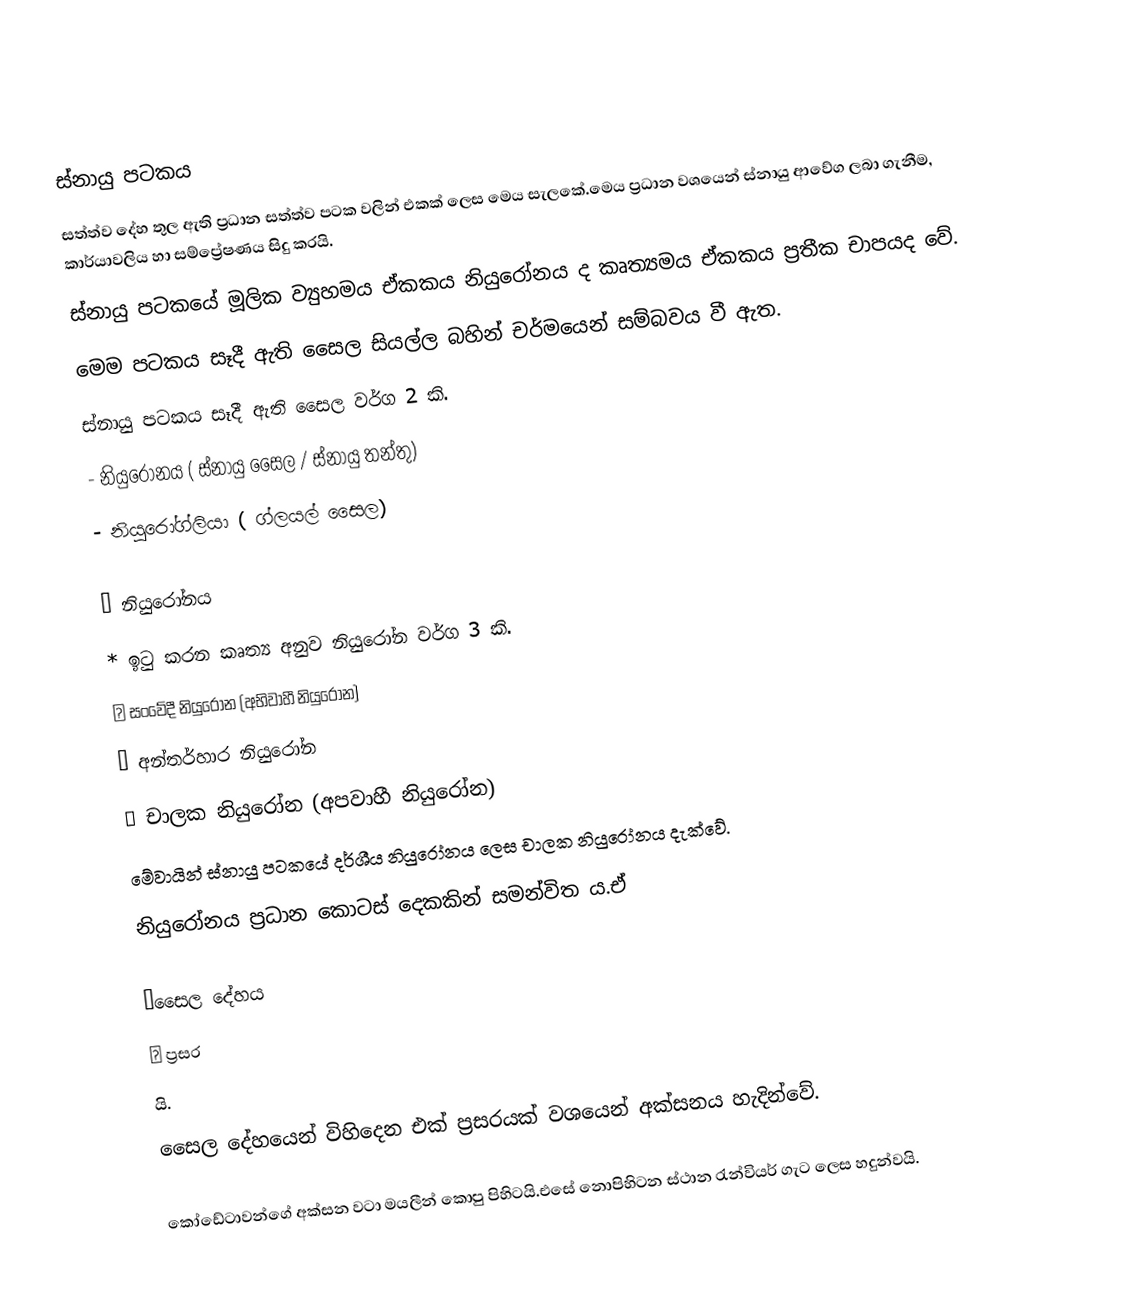
ස්නායු පටකය
සත්ත්ව දේහ තුල ඇති ප්‍රධාන සත්ත්ව පටක වලින් එකක් ලෙස මෙය සැලකේ.මෙය ප්‍රධාන වශයෙන් ස්නායු ආවේග ලබා ගැනීම, කාර්යාවලිය හා සම්ප්‍රේෂණය සිදු කරයි.
 ස්නායු පටකයේ මූලික ව්‍යුහමය ඒකකය නියුරෝනය ද කෘත්‍යමය ඒකකය ප්‍රතීක චාපයද වේ.
 මෙම පටකය සෑදී ඇති සෛල සියල්ල බහින් චර්මයෙන් සම්බවය වී ඇත.
 ස්නායු පටකය සෑදී ඇති සෛල වර්ග 2 කි.
   - නියුරෝනය ( ස්නායු සෛල / ස්නායු තන්තු)
   - නියුරෝග්ලියා ( ග්ලයල් සෛල)

₹ නියුරෝනය
 * ඉටු කරන කෘත්‍ය අනුව නියුරෝන වර්ග 3 කි.
    ✓ සංවේදී නියුරෝන (අභිවාහී නියුරෝන)
    ✓ අන්තර්හාර නියුරෝන
    ✓ චාලක නියුරෝන (අපවාහී නියුරෝන)
 මේවායින් ස්නායු පටකයේ දර්ශීය නියුරෝනය ලෙස චාලක නියුරෝනය දැක්වේ.
නියුරෝනය ප්‍රධාන කොටස් දෙකකින් සමන්විත ය.ඒ

✓සෛල දේහය
✓ ප්‍රසර
          යි.
සෛල දේහයෙන් විහිදෙන එක් ප්‍රසරයක් වශයෙන් අක්සනය හැදින්වේ.

කෝඩේටාවන්ගේ අක්සන වටා මයලීන් කොපු පිහිටයි.එසේ නොපිහිටන ස්ථාන රැන්වියර් ගැට ලෙස හදුන්වයි.